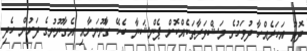
ދޮޅު އަހަރެއްހާ ދުވަހުގެ މަޝްވަރާތަކެއްކޮށް ޕެންޝަނާ ބެހޭ ގާނޫނަށާއި އެގާނޫނުގެ ދަށުން ހެދި